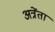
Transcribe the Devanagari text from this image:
अत्रेंता